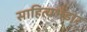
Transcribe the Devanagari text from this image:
साहित्यभंडार